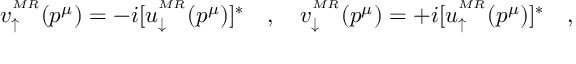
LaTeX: v _ { \uparrow } ^ { ^ { M R } } ( p ^ { \mu } ) = - i [ u _ { \downarrow } ^ { ^ { M R } } ( p ^ { \mu } ) ] ^ { \ast } \quad , \quad v _ { \downarrow } ^ { ^ { M R } } ( p ^ { \mu } ) = + i [ u _ { \uparrow } ^ { ^ { M R } } ( p ^ { \mu } ) ] ^ { \ast } \quad ,